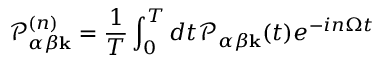
\mathcal { P } _ { \alpha \beta \mathbf { k } } ^ { ( n ) } = \frac { 1 } { T } \int _ { 0 } ^ { T } d t \mathcal { P } _ { \alpha \beta \mathbf { k } } ( t ) e ^ { - i n \Omega t }